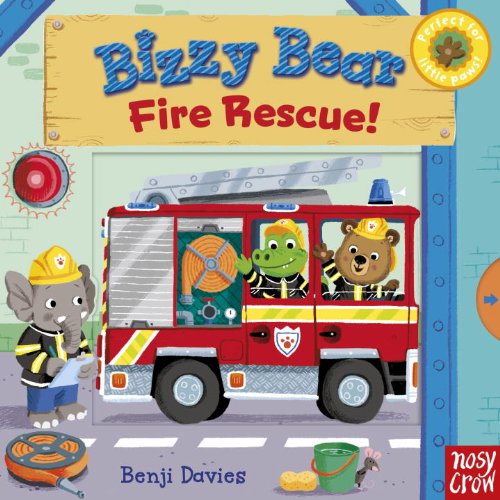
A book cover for Bizzy Bear: Fire Rescue!; Nosy Crow; Children's Books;